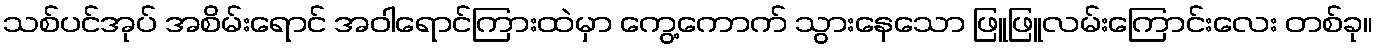
သစ်ပင်အုပ် အစိမ်းရောင် အဝါရောင်ကြားထဲမှာ ကွေ့ကောက် သွားနေသော ဖြူဖြူလမ်းကြောင်းလေး တစ်ခု။